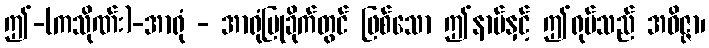
ဤ-(ကသိုဏ်း)-အာရုံ - အာရုံပြုခိုက်တွင် ဖြစ်သော ဤနာမ်နှင့် ဤရုပ်သည် အဝိဇ္ဇာ၊